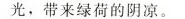
光，带来绿荷的阴凉。